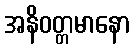
အနိဝတ္တမာနော